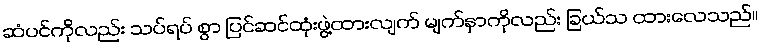
ဆံပင်ကိုလည်း သပ်ရပ် စွာ ပြင်ဆင်ထုံးဖွဲ့ထားလျက် မျက်နှာကိုလည်း ခြယ်သ ထားလေသည်။